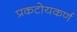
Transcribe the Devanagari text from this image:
प्रकटोयकर्ण